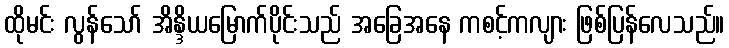
ထိုမင်း လွန်သော် အိန္ဒိယမြောက်ပိုင်းသည် အခြေအနေ ကစင့်ကလျား ဖြစ်ပြန်လေသည်။